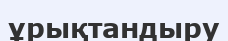
ұрықтандыру